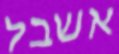
אשבל